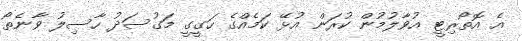
އެ އޮތޯރިޓީ އުވާލުމުން ކުރަން އުޅޭ ކަމެއްގެ ހަގީގީ މަގުސަދު ހާސިލު ވާނެތޯ